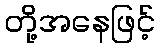
တို့အနေဖြင့်